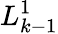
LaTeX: L_{k-1}^{1}